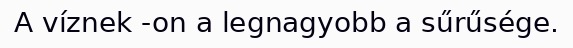
A víznek -on a legnagyobb a sűrűsége.